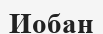
Иобан